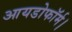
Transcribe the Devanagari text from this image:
आयडोफॉर्म।